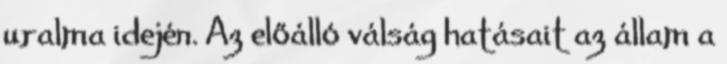
uralma idején. Az előálló válság hatásait az állam a